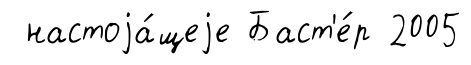
настоjа́щеjе Баст'е́р 2005